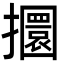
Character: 攌